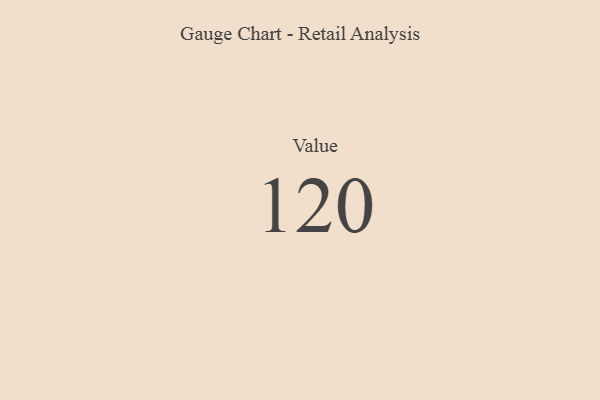
{"axis": {"x": "Metric", "y": "Value"}, "legend": [""], "data": [{"x": "Value", "y": 120, "type": ""}]}